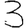
Digit: 3